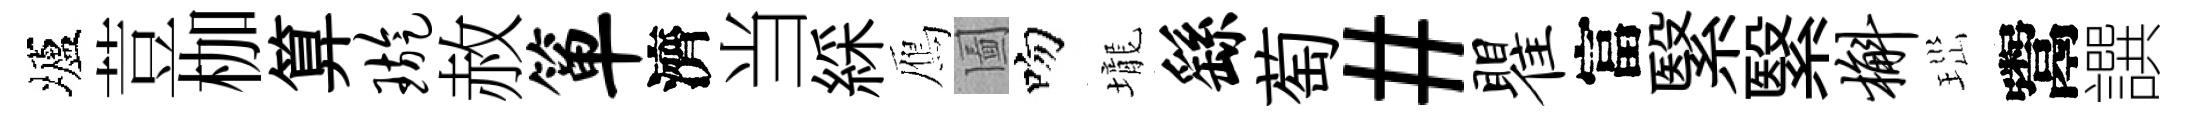
壚荳枷算璇赦箪濟当綵鴈圗吻壠繇萄#瞿富繄繄槲𤤼鬻譔